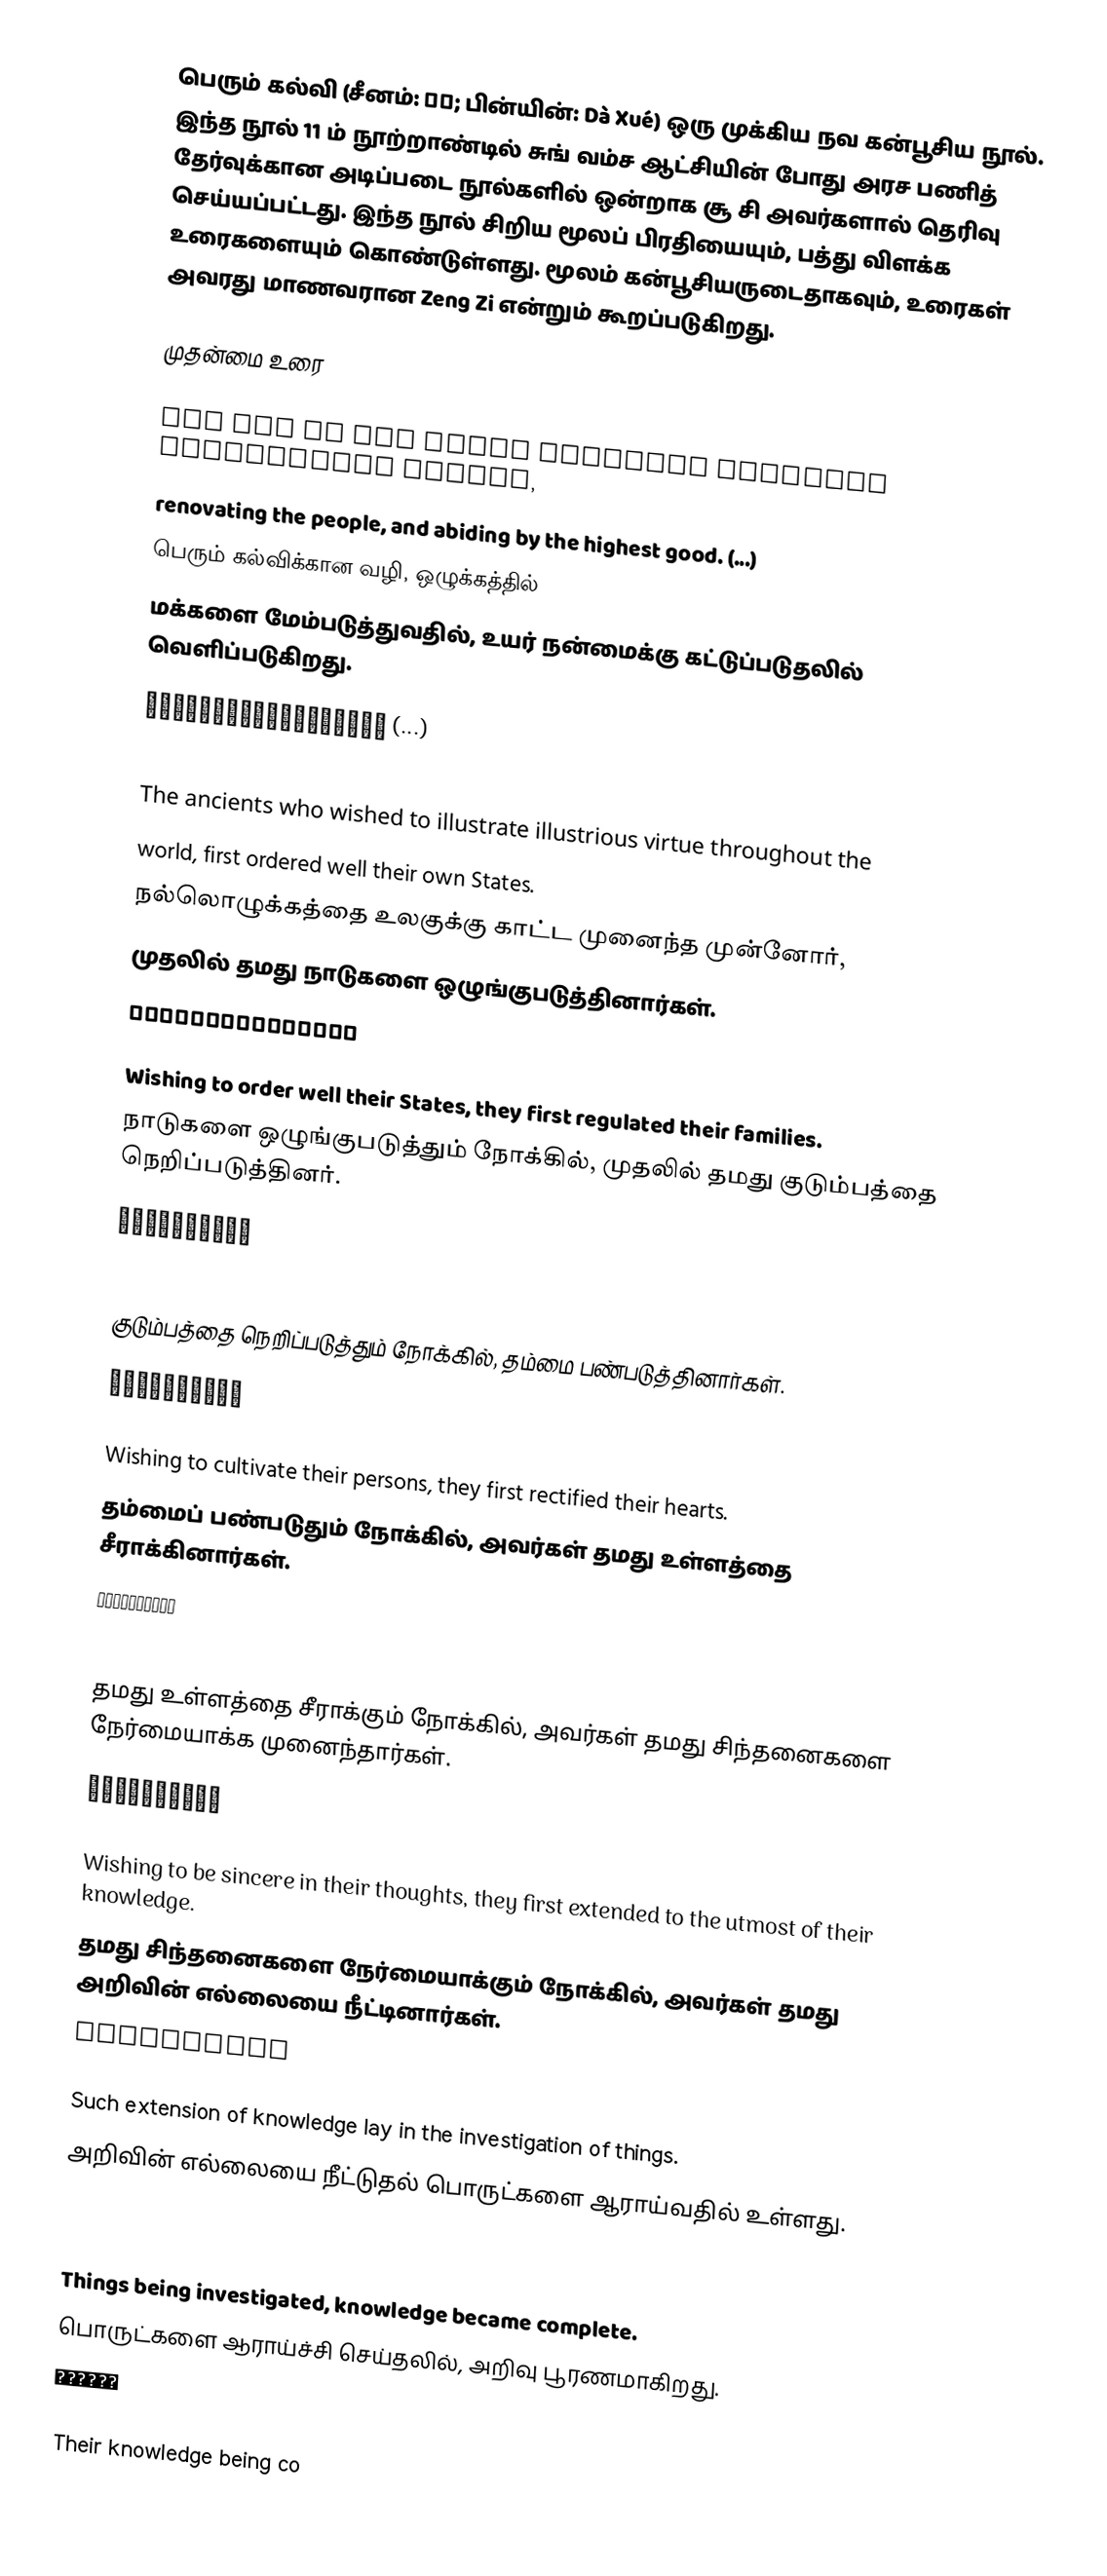
பெரும் கல்வி (சீனம்: 大学; பின்யின்: Dà Xué) ஒரு முக்கிய நவ கன்பூசிய நூல்.  இந்த நூல் 11 ம் நூற்றாண்டில் சுங் வம்ச ஆட்சியின் போது அரச பணித் தேர்வுக்கான அடிப்படை நூல்களில் ஒன்றாக சூ சி அவர்களால் தெரிவு செய்யப்பட்டது.  இந்த நூல் சிறிய மூலப் பிரதியையும், பத்து விளக்க உரைகளையும் கொண்டுள்ளது.  மூலம் கன்பூசியருடைதாகவும், உரைகள் அவரது மாணவரான Zeng Zi என்றும் கூறப்படுகிறது.

முதன்மை உரை

 The Way of the great learning involves manifesting virtue,
 renovating the people, and abiding by the highest good. (...)
 பெரும் கல்விக்கான வழி, ஒழுக்கத்தில்
 மக்களை மேம்படுத்துவதில், உயர் நன்மைக்கு கட்டுப்படுதலில் வெளிப்படுகிறது.
 大學之道在明明德，在親民，在止於至善 (...)
  

 The ancients who wished to illustrate illustrious virtue throughout the
 world, first ordered well their own States.
 நல்லொழுக்கத்தை உலகுக்கு காட்ட முனைந்த முன்னோர்,
 முதலில் தமது நாடுகளை ஒழுங்குபடுத்தினார்கள்.
 古之欲明明德於天下者，先治其國

 Wishing to order well their States, they first regulated their families.
 நாடுகளை ஒழுங்குபடுத்தும் நோக்கில், முதலில் தமது குடும்பத்தை நெறிப்படுத்தினர்.
 欲治其國者，先齊其家

 Wishing to regulate their families, they first cultivated their persons.
 குடும்பத்தை நெறிப்படுத்தும் நோக்கில், தம்மை பண்படுத்தினார்கள்.
 欲齊其家者，先修其身

 Wishing to cultivate their persons, they first rectified their hearts.
 தம்மைப் பண்படுதும் நோக்கில், அவர்கள் தமது உள்ளத்தை சீராக்கினார்கள்.
 欲修其身者，先正其心

 Wishing to rectify their hearts, they first sought to be sincere in their thoughts.
 தமது உள்ளத்தை சீராக்கும் நோக்கில், அவர்கள் தமது சிந்தனைகளை நேர்மையாக்க முனைந்தார்கள்.
 欲正其心者，先誠其意

 Wishing to be sincere in their thoughts, they first extended to the utmost of their knowledge.
 தமது சிந்தனைகளை நேர்மையாக்கும் நோக்கில், அவர்கள் தமது அறிவின் எல்லையை நீட்டினார்கள்.
 欲誠其意者，先致其知

 Such extension of knowledge lay in the investigation of things.
 அறிவின் எல்லையை நீட்டுதல் பொருட்களை ஆராய்வதில் உள்ளது.
 致知在格物
  

 Things being investigated, knowledge became complete.
 பொருட்களை ஆராய்ச்சி செய்தலில், அறிவு பூரணமாகிறது.
 物格而後知至

 Their knowledge being co